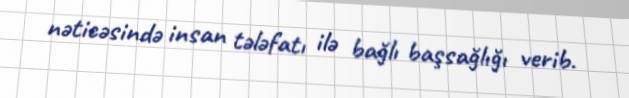
nəticəsində insan tələfatı ilə bağlı başsağlığı verib.